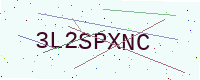
Text: 3L2SPXNC